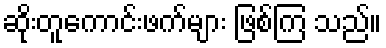
ဆိုးတူကောင်းဖက်များ ဖြစ်ကြ သည်။